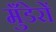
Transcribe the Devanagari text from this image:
मुँडेरों